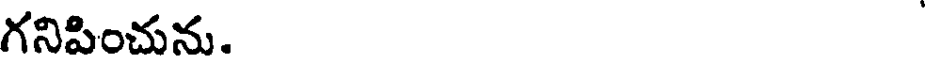
గనిపించును.